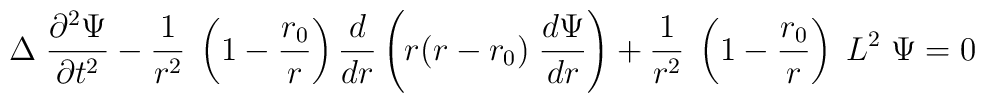
\Delta\; {\partial^2\Psi\over \partial t^2} - {1\over r^2} \; \left(1-{r_0\over r}\right){d\over dr} \left( r(r-r_0)\; {d\Psi\over dr} \right) + {1\over r^2}\; \left(1-{r_0\over r}\right)\; L^2\;\Psi =0